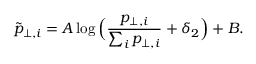
\tilde { p } _ { \perp , i } = A \log \Big ( { \frac { p _ { \perp , i } } { \sum _ { i } p _ { \perp , i } } } + \delta _ { 2 } \Big ) + B .